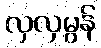
လှလှမွန်